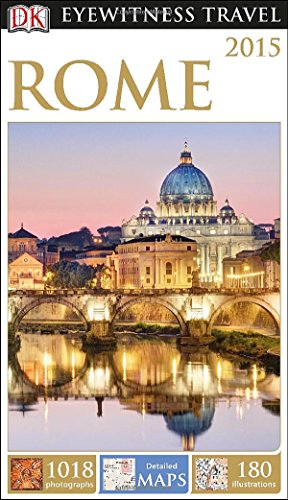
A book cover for DK Eyewitness Travel Guide: Rome; DK Publishing; Travel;